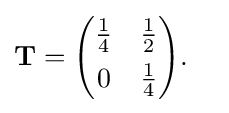
{\begin{aligned}&\mathbf {T} ={\begin{pmatrix}{\frac {1}{4}}&{\frac {1}{2}}\\[4pt]0&{\frac {1}{4}}\end{pmatrix}}.\end{aligned}}